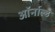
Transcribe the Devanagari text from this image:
ऑर्नाल्ड